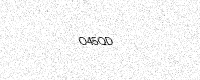
Text: O45QD